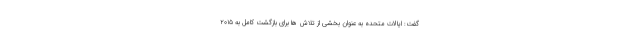
گفت: ایالات متحده به عنوان بخشی از تلاش ها برای بازگشت کامل به ۲۰۱۵